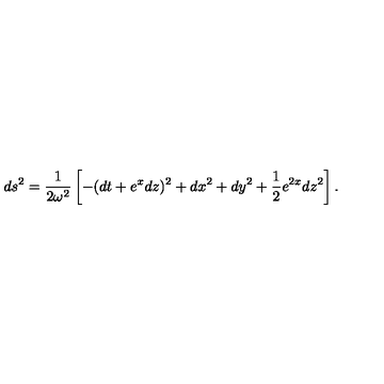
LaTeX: d s ^ { 2 } = \frac 1 { 2 \omega ^ { 2 } } \left[ - ( d t + e ^ { x } d z ) ^ { 2 } + d x ^ { 2 } + d y ^ { 2 } + \frac 1 2 e ^ { 2 x } d z ^ { 2 } \right] .